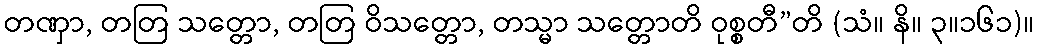
တဏှာ, တတြ သတ္တော, တတြ ဝိသတ္တော, တသ္မာ သတ္တောတိ ဝုစ္စတီ”တိ (သံ။ နိ။ ၃။၁၆၁)။